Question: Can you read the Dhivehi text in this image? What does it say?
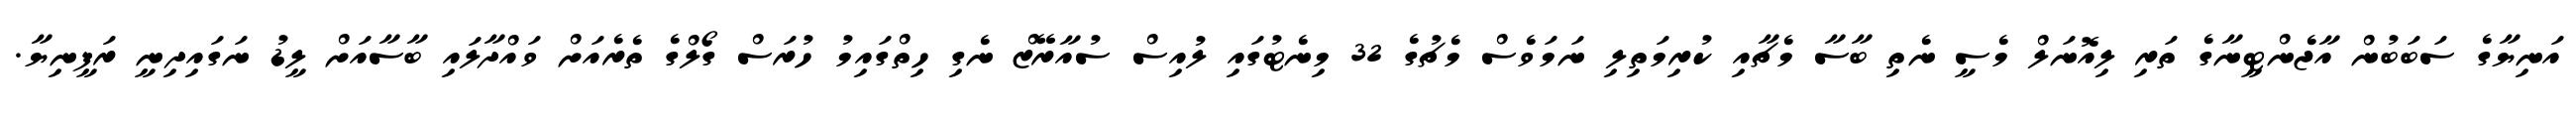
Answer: އަނިޔާގެ ސަބަބުން އާޖެންޓީނާގެ ތަރި ލިއޮނަލް މެސީ ނެތި ބާސާ މެޗާއި ކުރިމަތިލި ނަމަވެސް މެޗުގެ 32 މިނެޓުގައި ލުއިސް ސުއާރޭޒް ނެގި ހިތްގައިމު ހުރަސް ގޯލްގެ ތެރެއަށް ވައްދާލައި ބާސާއަށް ލީޑު ނަގައިދިނީ ރަފީނިޔާ.